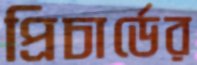
প্রিচার্ডের